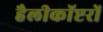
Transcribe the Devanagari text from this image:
हैलीकॉप्टरों